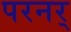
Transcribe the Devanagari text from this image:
परनर्